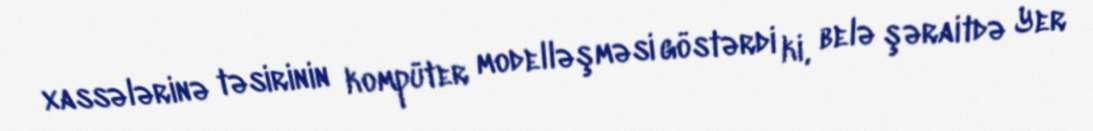
xassələrinə təsirinin kompüter modelləşməsi göstərdi ki, belə şəraitdə Yer